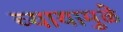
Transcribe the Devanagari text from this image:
व्यायामुळे